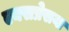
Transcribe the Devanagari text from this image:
एक्सप्रेसया